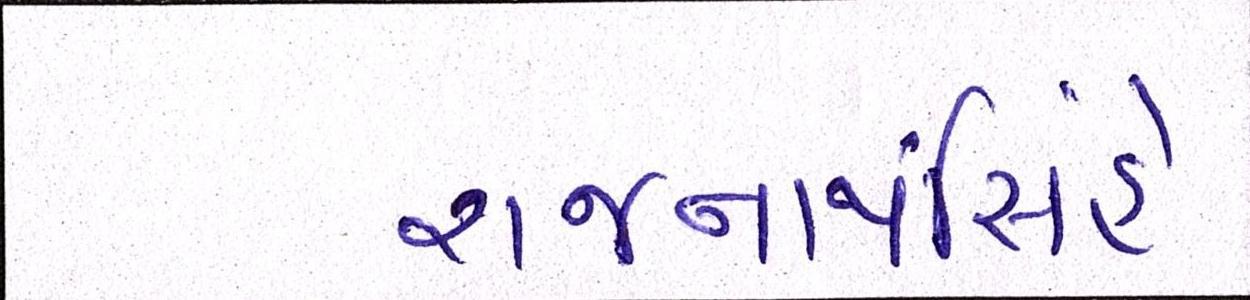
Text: રાજનાથસિંહે